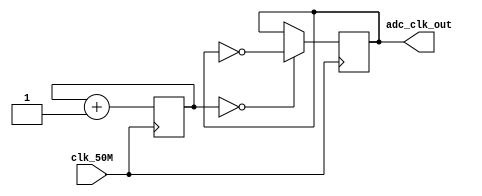
/*
Module - Frequency_Scaling

This Module will scale down 50 MHz clock signal to 3.125 MHz clock signal for ADC Controller, RISC_V CPU, Algorithm and some other modules of your design.

Frequency Scaling Design

Input  - clk_50M  - 50 Mhz FPGA Oscillator

Output - adc_clk_out - 3.125Mhz Output Frequency to ADC Module
*/

// Module Declaration
module Frequency_Scaling #(parameter SCALE = 3)(
    input clk_50M,
    output reg adc_clk_out
);

// Declaring registers
reg [SCALE-1:0] s_clk_counter = 0;
initial begin
    adc_clk_out = 0;
end

// For ADC Module 50Mhz to 3.125Mhz
always @(posedge clk_50M) begin
    if (s_clk_counter == 0) adc_clk_out = ~adc_clk_out;
    s_clk_counter = s_clk_counter + 1'b1;
end

endmodule